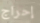
إحراج